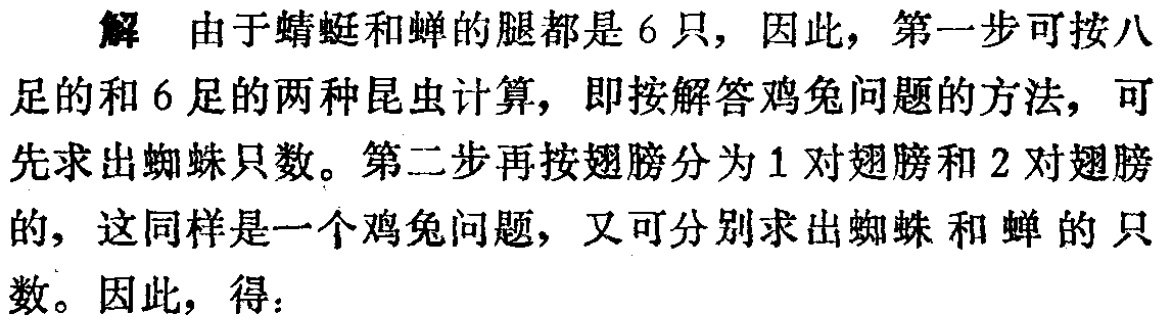
5. 已知不等式\((x + 1)(\frac{1}{x} + a)\geq9\)对任意正实数\(x\)恒成立，则正实数\(a\)的最

小值为 （  ）